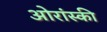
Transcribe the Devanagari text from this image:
ओरांस्की